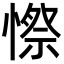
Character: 憏